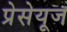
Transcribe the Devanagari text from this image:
प्रेसेयूज